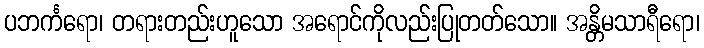
ပဘင်္ကရော၊ တရားတည်းဟူသော အရောင်ကိုလည်းပြုတတ်သော။ အန္တိမသာရီရော၊